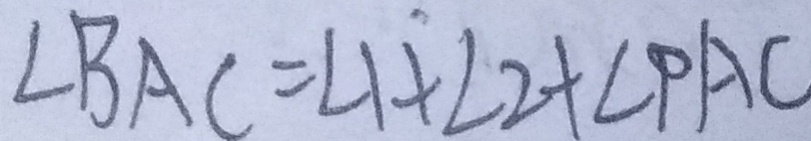
\angle B A C = \angle 1 + \angle 2 + \angle P A C